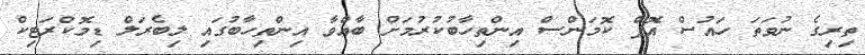
ތިރިގެ ނުވަތަ ހައުސް އޮފް ކޮމަންސް އިންތިހާބުކުރުމަށް ބާއްވާ އިންތިހާބުގައި ލިބެރަލް ޑިމޮކްރަޓިކް